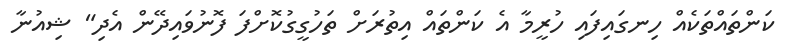
ކަންތައްތަކެއް ހިނގައިފައި ހުރީމާ އެ ކަންތައް އިތުރަށް ތަހުގީގުކޮށްފަ ފޮނުވައިދޭން އެދި" ޝިއުނާ